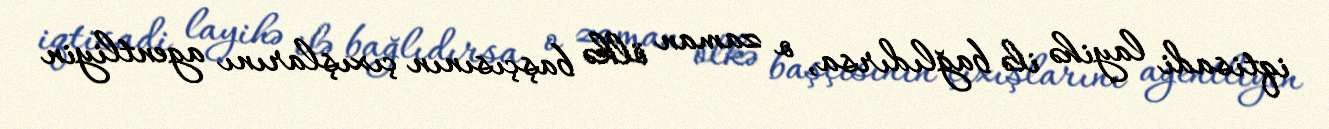
iqtisadi layihə ilə bağlıdırsa, o zaman ölkə başçısının çıxışlarını agentliyin